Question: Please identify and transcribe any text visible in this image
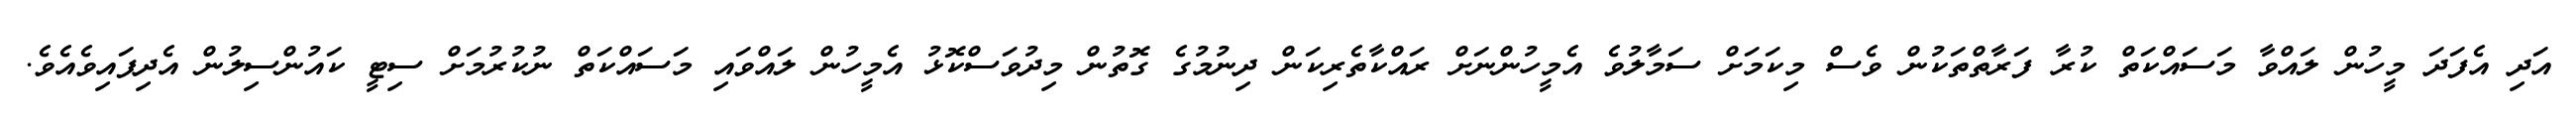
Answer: އަދި އެފަދަ މީހުން ލައްވާ މަސައްކަތް ކުރާ ފަރާތްތަކުން ވެސް މިކަމަށް ސަމާލުވެ އެމީހުންނަށް ރައްކާތެރިކަން ދިނުމުގެ ގޮތުން މިދުވަސްކޮޅު އެމީހުން ލައްވައި މަސައްކަތް ނުކުރުމަށް ސިޓީ ކައުންސިލުން އެދިފައިވެއެވެ.